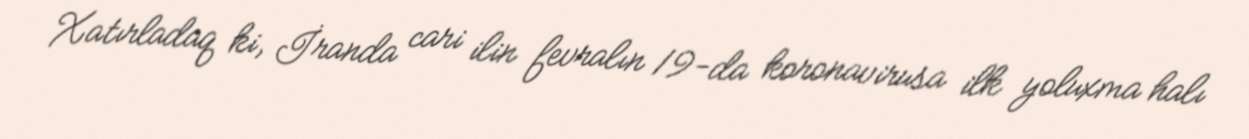
Xatırladaq ki, İranda cari ilin fevralın 19-da koronavirusa ilk yoluxma halı